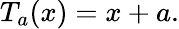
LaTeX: T_{a}(x)=x+a.